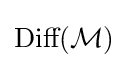
{\text{Diff}}({\mathcal {M}})